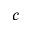
c